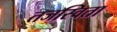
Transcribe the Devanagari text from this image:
तजस्विता